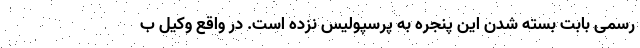
رسمی بابت بسته شدن این پنجره به پرسپولیس نزده است. در واقع وکیل ب